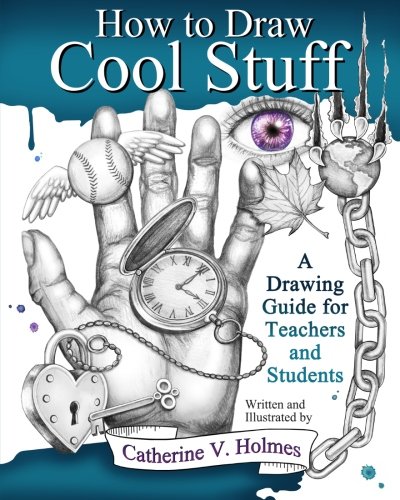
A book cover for How to Draw Cool Stuff: A Drawing Guide for Teachers and Students; Catherine V Holmes; Arts & Photography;